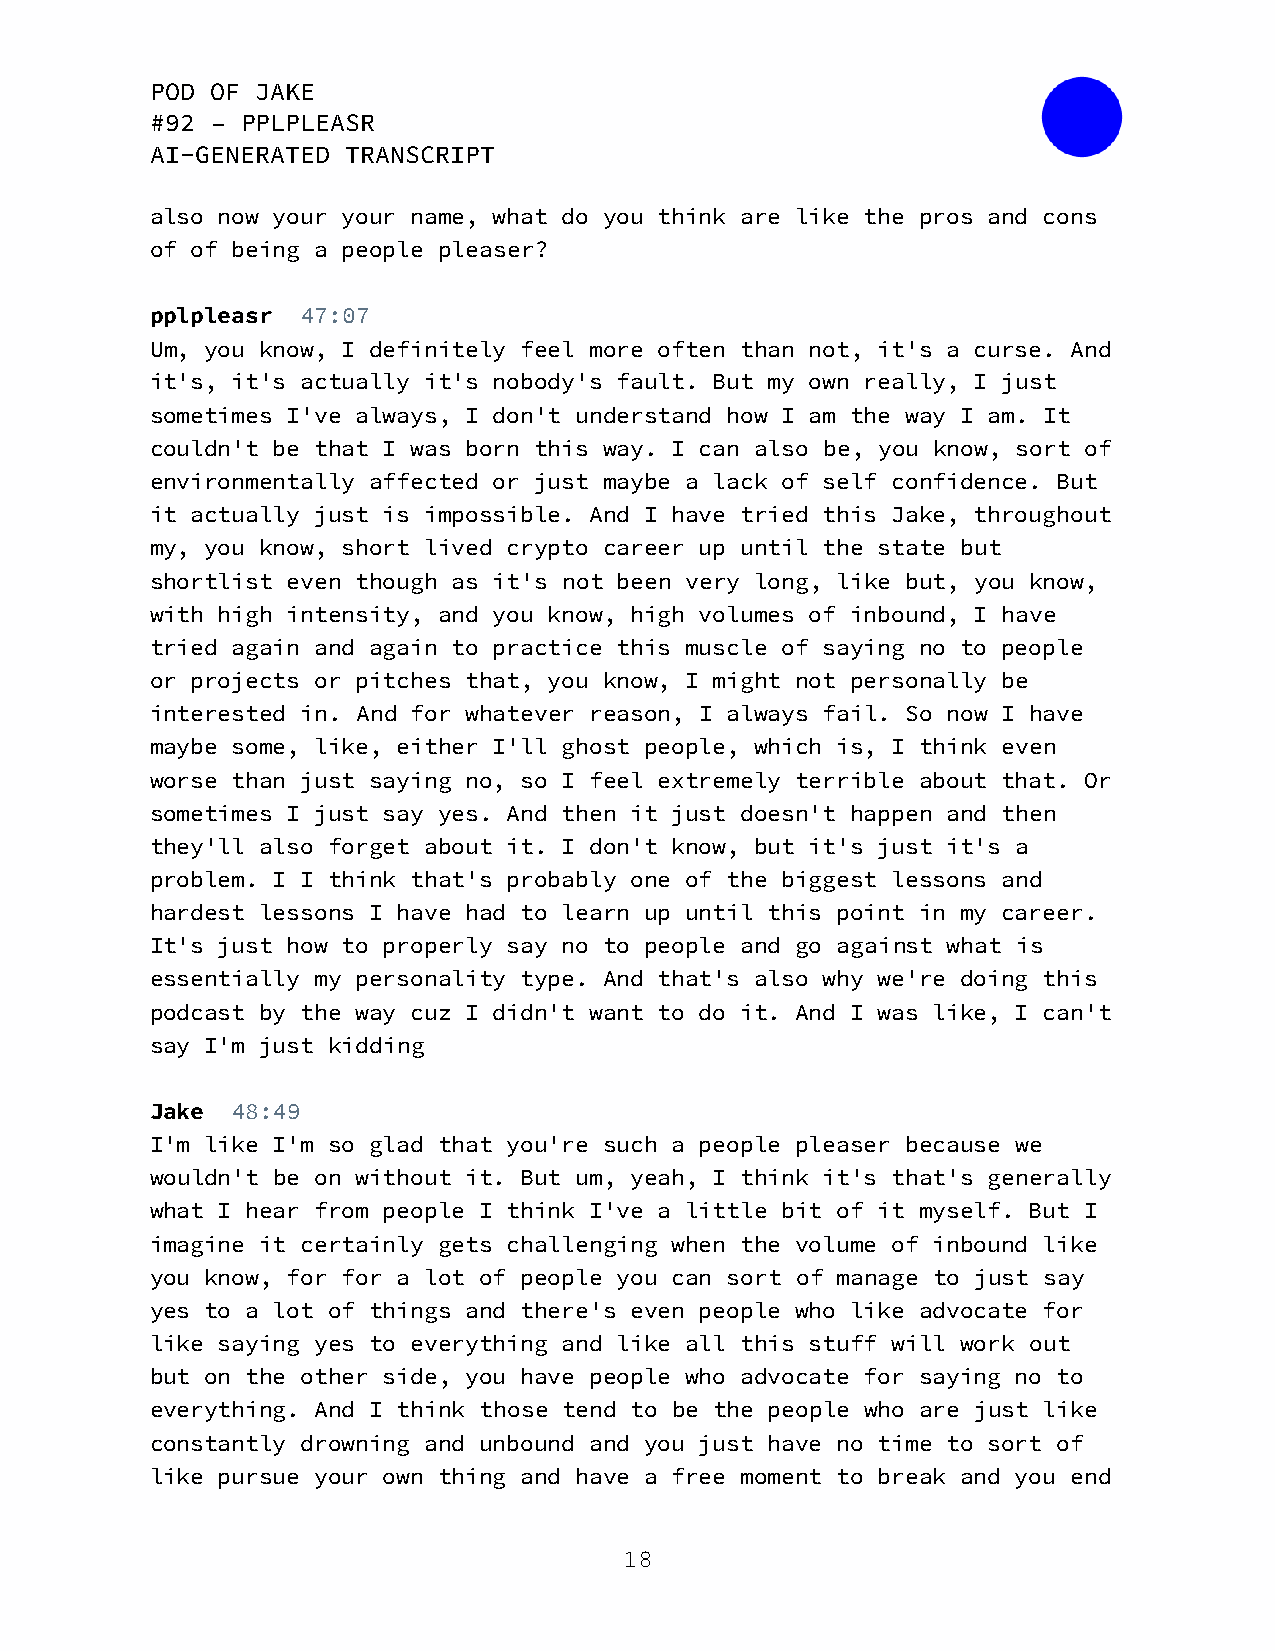
POD OF JAKE
 #92 – PPLPLEASR
 AI-GENERATED TRANSCRIPT
 also now your your name, what do you think are like the pros and cons
 of of being a people pleaser?
 pplpleasr 47:07
 Um, you know, I definitely feel more often than not, it's a curse. And
 it's, it's actually it's nobody's fault. But my own really, I just
 sometimes I've always, I don't understand how I am the way I am. It
 couldn't be that I was born this way. I can also be, you know, sort of
 environmentally affected or just maybe a lack of self confidence. But
 it actually just is impossible. And I have tried this Jake, throughout
 my, you know, short lived crypto career up until the state but
 shortlist even though as it's not been very long, like but, you know,
 with high intensity, and you know, high volumes of inbound, I have
 tried again and again to practice this muscle of saying no to people
 or projects or pitches that, you know, I might not personally be
 interested in. And for whatever reason, I always fail. So now I have
 maybe some, like, either I'll ghost people, which is, I think even
 worse than just saying no, so I feel extremely terrible about that. Or
 sometimes I just say yes. And then it just doesn't happen and then
 they'll also forget about it. I don't know, but it's just it's a
 problem. I I think that's probably one of the biggest lessons and
 hardest lessons I have had to learn up until this point in my career.
 It's just how to properly say no to people and go against what is
 essentially my personality type. And that's also why we're doing this
 podcast by the way cuz I didn't want to do it. And I was like, I can't
 say I'm just kidding
 Jake 48:49
 I'm like I'm so glad that you're such a people pleaser because we
 wouldn't be on without it. But um, yeah, I think it's that's generally
 what I hear from people I think I've a little bit of it myself. But I
 imagine it certainly gets challenging when the volume of inbound like
 you know, for for a lot of people you can sort of manage to just say
 yes to a lot of things and there's even people who like advocate for
 like saying yes to everything and like all this stuff will work out
 but on the other side, you have people who advocate for saying no to
 everything. And I think those tend to be the people who are just like
 constantly drowning and unbound and you just have no time to sort of
 like pursue your own thing and have a free moment to break and you end
 18